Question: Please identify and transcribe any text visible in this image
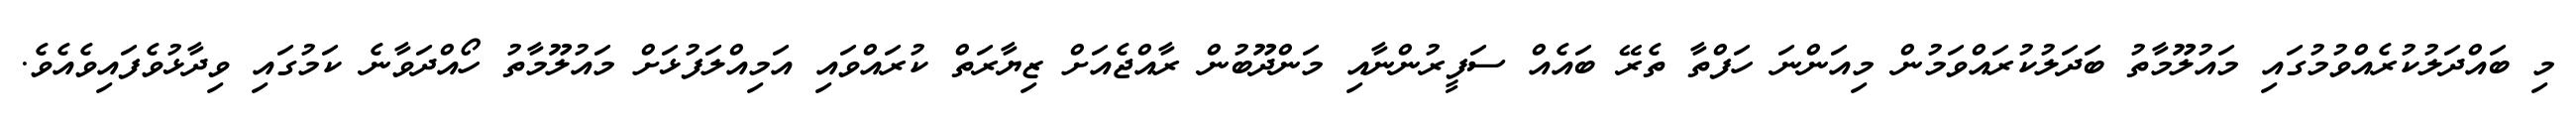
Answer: މި ބައްދަލުކުރެއްވުމުގައި މައުލޫމާތު ބަދަލުކުރައްވަމުން މިއަންނަ ހަފްތާ ތެރޭ ބައެއް ސަފީރުންނާއި މަންދޫބުން ރާއްޖެއަށް ޒިޔާރަތް ކުރައްވައި އަމިއްލަފުޅަށް މައުލޫމާތު ހޯއްދަވާނެ ކަމުގައި ވިދާޅުވެފައިވެއެވެ.